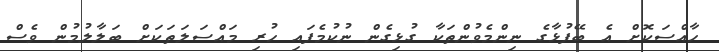
ހާއްސަކޮށް އެ ބޭފުޅާގެ ނިންމެވުންތަކާ ގުޅިގެން ނުކުމެފައި ހުރި މައްސަލަތަކަށް ބަލާލުމުން ވެސް